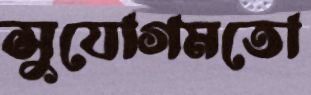
সুযোগমতো